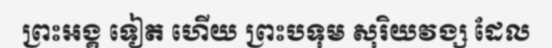
ព្រះអង្គ ទៀត ហើយ ព្រះបទុម សុរិយវង្ស ដែល